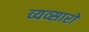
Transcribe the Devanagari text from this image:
व्यव्सारों